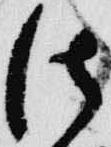
法